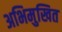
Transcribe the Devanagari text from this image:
अभिमुखित